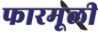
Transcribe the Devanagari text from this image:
फारमूली